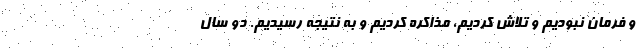
و فرمان نبوديم و تلاش كرديم، مذاكره كرديم و به نتيجه رسيديم. دو سال